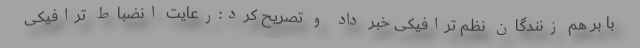
با بر هم زنندگان نظم ترافیکی خبر داد و تصریح کرد:رعایت انضباط ترافیکی